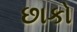
છાકો